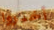
أخبروا